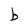
Character: b